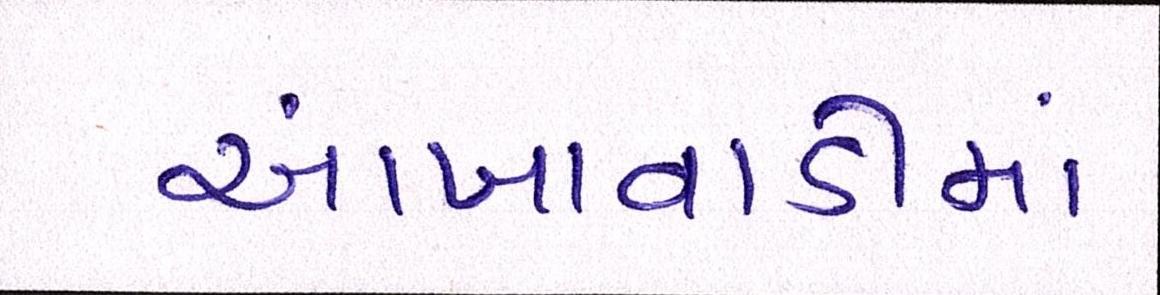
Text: આંબાવાડીમાં